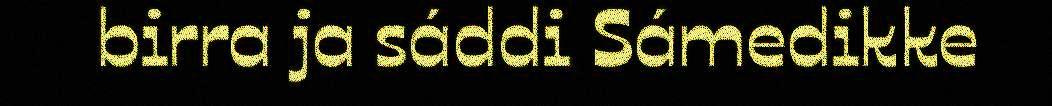
birra ja sáddi Sámedikke